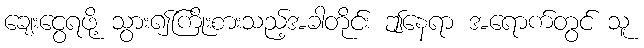
ချေးငွေရဖို့ သွား၍ကြိုးစားသည့်အခါတိုင်း ဤနေရာ အရောက်တွင် သူ